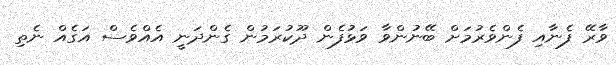
ވާރޭ ފެނާއި ފެންވެރުމަށް ބޭނުންވާ ވަޅުފެން ދޫކުރަމުން ގެންދަނީ އެއްވެސް އަގެއް ނެތި